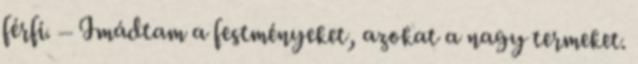
férfi. – Imádtam a festményeket, azokat a nagy termeket.